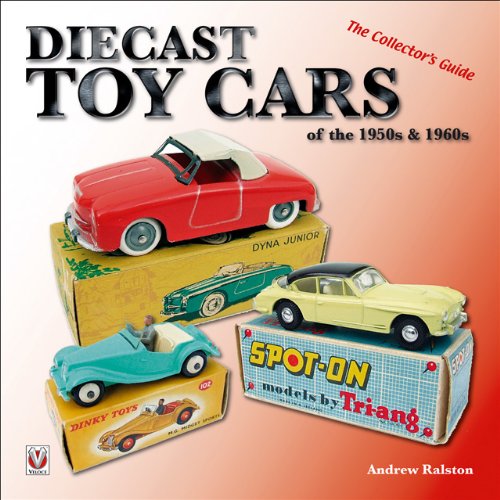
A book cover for Diecast Toy Cars of the 1950s & 1960s: The Collector's Guide (General: Diecast Toy Cars); Andrew Ralston; Crafts, Hobbies & Home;